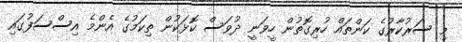
މި ސަރުކާރުގެ ކަންތައް ހުރިގޮތުން ހީވަނީ ދުވަސް ކޮޅަކުން ތިކަމުގެ އެންމެ އިސްސަފުގައި